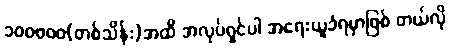
၁၀၀၀၀၀(တစ်သိန်း)အထိ အလုပ်ရှင်ပါ အရေးယူခံရမှာဖြစ် တယ်လို